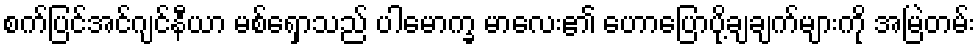
စက်ပြင်အင်ဂျင်နီယာ မစ်ရှောသည် ပါမောက္ခ မာလေး၏ ဟောပြောပို့ချချက်များကို အမြဲတမ်း